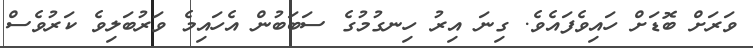
ވަރަށް ބޮޑަށް ހައިވެފައެވެ. ގިނަ އިރު ހިނގުމުގެ ސަބަބުން އެހައިމެ ވަރުބަލިވެ ކަރުވެސް